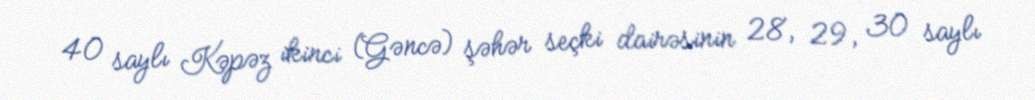
40 saylı Kəpəz ikinci (Gəncə) şəhər seçki dairəsinin 28, 29, 30 saylı